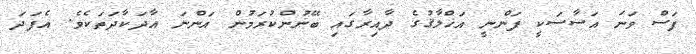
ފަސް ވަނަ އަސާސަކީ ފަންނީ އަޚްލާޤުގެ ދާއިރާގައި ބޭނުންކުރަމުން އަންނަ އާދަކާދަތަކެވެ. އެފަދަ